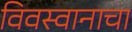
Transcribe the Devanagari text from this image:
विवस्वानाचा